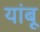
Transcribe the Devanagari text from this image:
यांबू